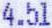
4.51